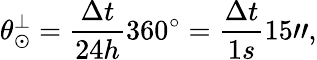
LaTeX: \theta_{\odot}^{\perp}=\frac{\Delta t}{24h}360^{\circ}=\frac{\Delta t}{1s}15",